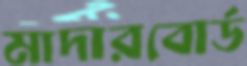
মাদারবোর্ড